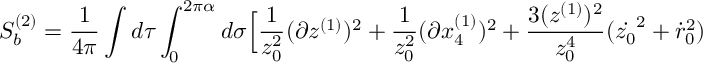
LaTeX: S _ { b } ^ { ( 2 ) } = { \frac { 1 } { 4 \pi } } \int d \tau \int _ { 0 } ^ { 2 \pi \alpha } d \sigma \Big [ { \frac { 1 } { z _ { 0 } ^ { 2 } } } ( \partial z ^ { ( 1 ) } ) ^ { 2 } + { \frac { 1 } { z _ { 0 } ^ { 2 } } } ( \partial x _ { 4 } ^ { ( 1 ) } ) ^ { 2 } + { \frac { 3 ( z ^ { ( 1 ) } ) ^ { 2 } } { z _ { 0 } ^ { 4 } } } ( \dot { z _ { 0 } } ^ { 2 } + \dot { r } _ { 0 } ^ { 2 } )